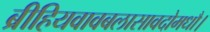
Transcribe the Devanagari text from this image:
ब्रीहियवावबलासावदोमधौ।